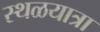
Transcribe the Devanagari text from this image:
स्थळयात्रा